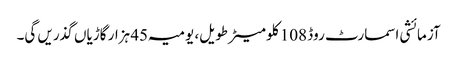
آزمائشی اسمارٹ روڈ 108 کلو میٹر طویل، یومیہ 45 ہزار گاڑیاں گذریں گی۔